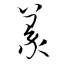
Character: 篆